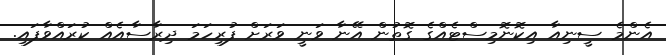
އެންމެ ސީނިއާ އިކޮނޮމިސްޓެއްގެ ގޮތުން އޭނާ ވަނީ ވަރަށް ފުރިހަމަ ދިރާސާއެއް ކުރައްވާފައި.